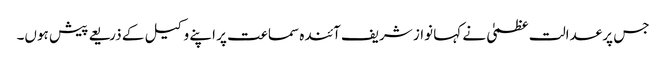
جس پر عدالت عظمیٰ نے کہا نواز شریف آئندہ سماعت پر اپنے وکیل کے ذریعے پیش ہوں۔